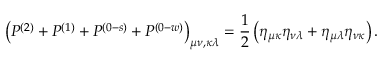
\left( P ^ { ( 2 ) } + P ^ { ( 1 ) } + P ^ { ( 0 - s ) } + P ^ { ( 0 - w ) } \right) _ { \mu \nu , \kappa \lambda } = \frac 1 2 \left( \eta _ { \mu \kappa } \eta _ { \nu \lambda } + \eta _ { \mu \lambda } \eta _ { \nu \kappa } \right) .